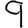
Digit: 9